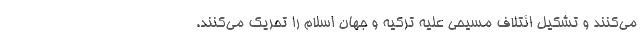
می‌کنند و تشکیل ائتلاف مسیحی علیه ترکیه و جهان اسلام را تحریک می‌کنند.